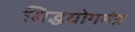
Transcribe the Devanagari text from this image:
सिद्धयोगमंत्र